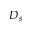
D _ { s }